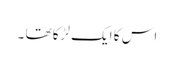
اس کا ایک لڑکا تھا ۔